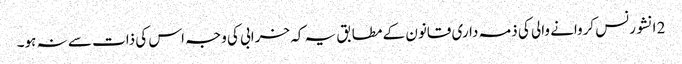
2 انشورنس کروانے والی کی ذمہ داری قانون کے مطابق یہ کہ خرابی کی وجہ اس کی ذات سے نہ ہو۔